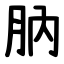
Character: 肭